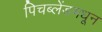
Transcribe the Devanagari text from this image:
पिचब्लेंडमधून